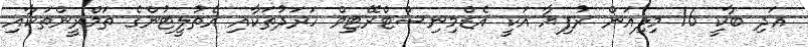
އަދި ބާކީ 16 މިލިއަން ރުފިޔާ އަކީ އެޑްމިނިސްޓްރޭޓިވް ހަރަދުތަކާއި އެތުލީޓުންގެ ތަމްރީންތަކާއި